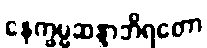
နေက္ခမ္မဆန္ဒာဘိရတော